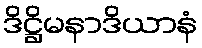
ဒိဋ္ဌိမနာဒိယာနံ